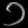
Digit: ၁